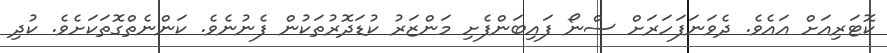
ކޮޓަރިއަށް އައެވެ. ދެވަނަފަހަރަށް ސްނޯ ފައިބަންފެށި މަންޒަރު ކުޑަދޮރުތަކުން ފެނުނެވެ. ކަންނެތްގޮތަކަށެވެ. ކުދި